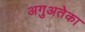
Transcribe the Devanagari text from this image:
अगुअतेका